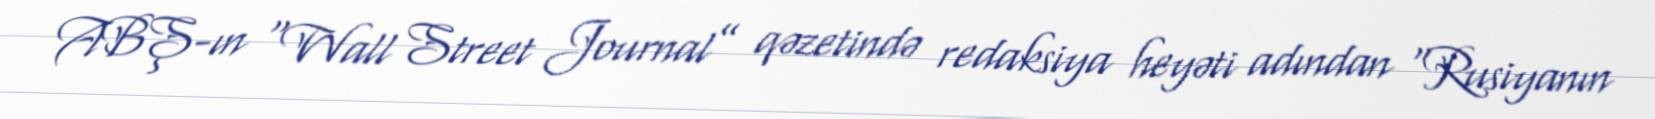
ABŞ-ın “Wall Street Journal” qəzetində redaksiya heyəti adından “Rusiyanın